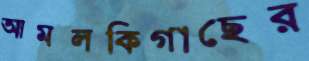
আমলকিগাছের